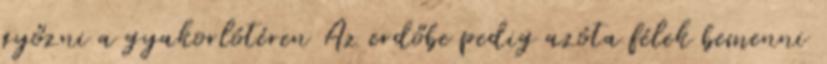
győzni a gyakorlótéren Az erdőbe pedig azóta félek bemenni